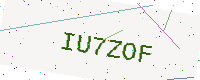
Text: IU7ZOF